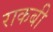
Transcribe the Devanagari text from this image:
राकबी